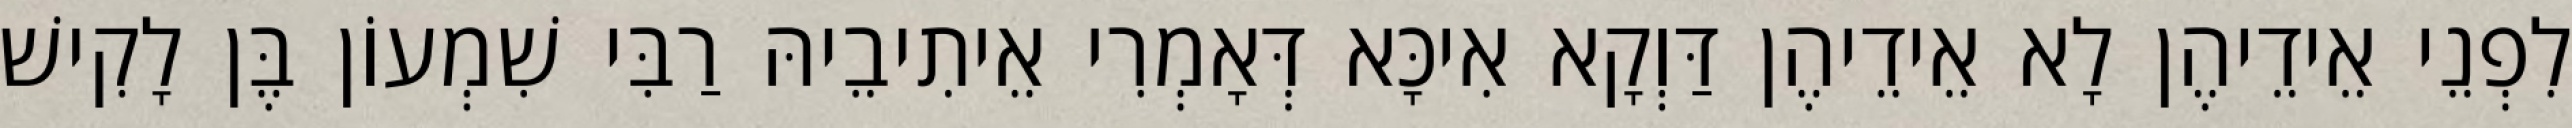
לִפְנֵי אֵידֵיהֶן לָא אֵידֵיהֶן דַּוְקָא אִיכָּא דְּאָמְרִי אֵיתִיבֵיהּ רַבִּי שִׁמְעוֹן בֶּן לָקִישׁ